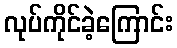
လုပ်ကိုင်ခဲ့ကြောင်း